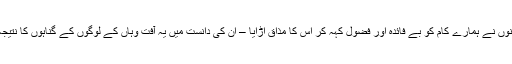
وہاں پر ایک اور امدادی ٹیم تبلیغی جماعت کی طرف سے پہنچی جن کے باریش کارکنوں نے ہمارے کام کو بے فائدہ اور فضول کہہ کر اس کا مذاق اڑایا – ان کی دانست میں یہ آفت وہاں کے لوگوں کے گناہوں کا نتیجہ تھی اور وہ وہاں پرنیکی کی تبلیغ کو زلزلے سے بچاؤ کا واحد طریقہ سمجھتے تھے۔